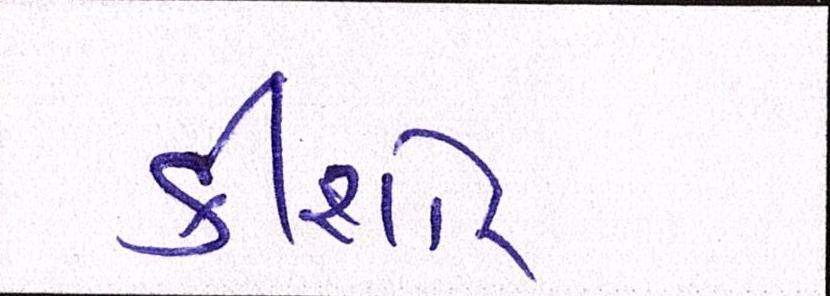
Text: કીશોર